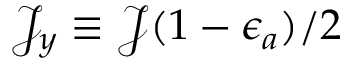
\mathcal { J } _ { y } \equiv \mathcal { J } ( 1 - \epsilon _ { a } ) / 2